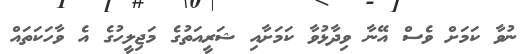
ނުވާ ކަމަށް ވެސް އޭނާ ވިދާޅުވާ ކަމަށާއި ޝަރީއަތުގެ މަޖިލީހުގެ އެ ވާހަކަތައް